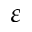
\varepsilon